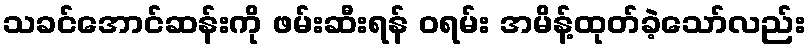
သခင်အောင်ဆန်းကို ဖမ်းဆီးရန် ဝရမ်း အမိန့်ထုတ်ခဲ့သော်လည်း